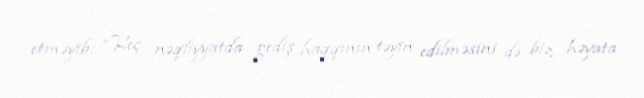
etməyib: “Heç nəqliyyatda gediş haqqının təyin edilməsini də biz həyata